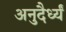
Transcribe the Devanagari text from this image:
अनुदैर्ध्यं